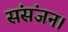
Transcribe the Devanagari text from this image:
संसंजन।